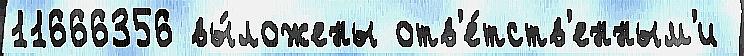
11666356 вы́ложены отв'е́тств'енным'и